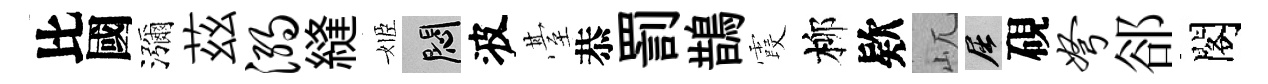
比國瀰茲溺縫姬悶波䑓恭罰鵲霞柳欵屼屈硯弩郤閣